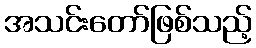
အသင်းတော်ဖြစ်သည့်